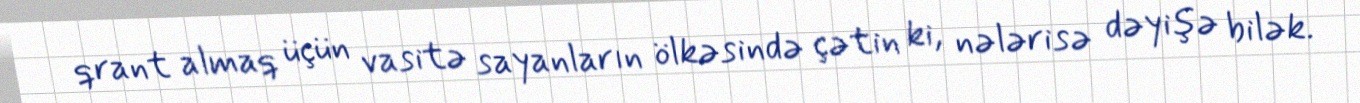
qrant almaq üçün vasitə sayanların ölkəsində çətin ki, nələrisə dəyişə bilək.